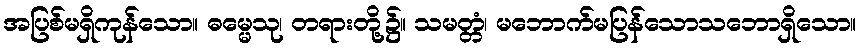
အပြစ်မရှိကုန်သော။ ဓမ္မေသု၊ တရားတို့၌။ သမတ္တံ၊ မဘောက်မပြန်သောသဘောရှိသော။